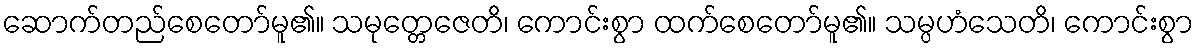
ဆောက်တည်စေတော်မူ၏။ သမုတ္တေဇေတိ၊ ကောင်းစွာ ထက်စေတော်မူ၏။ သမ္ပဟံသေတိ၊ ကောင်းစွာ